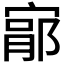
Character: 𫳦